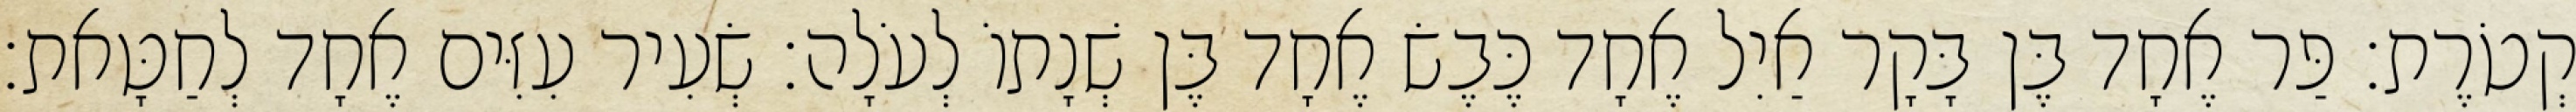
קְטֹרֶת׃ פַּר אֶחָד בֶּן בָּקָר אַיִל אֶחָד כֶּבֶשׂ אֶחָד בֶּן שְׁנָתוֹ לְעֹלָה׃ שְׂעִיר עִזִּים אֶחָד לְחַטָּאת׃